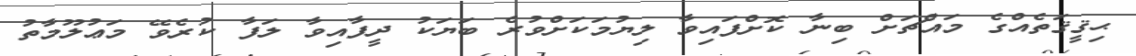
ޙިޤީޤަތެއްގެ މައްޗަށް ބިނާ ކޮށްފައިވާ ލިޔުމަކަށްވުރެ ބަޔަކު ދީފާއިވާ ލަފާ ކުރެވޭ މަޢުލޫމާތު